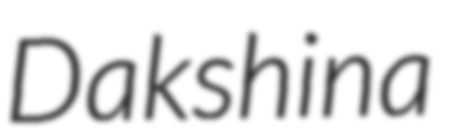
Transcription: Dakshina